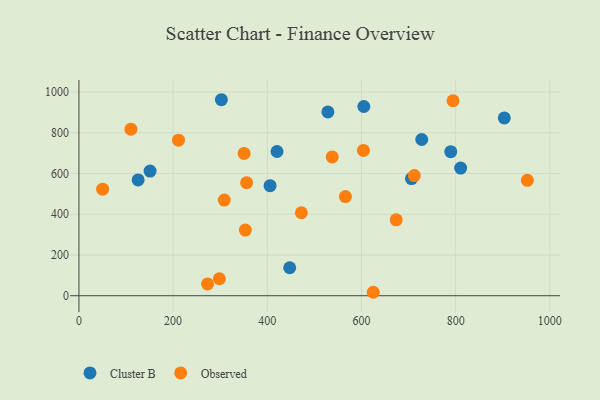
{"axis": {"x": "Speed", "y": "Yield"}, "legend": ["Cluster B", "Observed"], "data": [{"x": "447.6", "y": 137.4, "type": "Cluster B"}, {"x": "810.6", "y": 626.8, "type": "Cluster B"}, {"x": "151.1", "y": 612.1, "type": "Cluster B"}, {"x": "605.0", "y": 929.0, "type": "Cluster B"}, {"x": "789.6", "y": 707.2, "type": "Cluster B"}, {"x": "125.7", "y": 568.3, "type": "Cluster B"}, {"x": "302.5", "y": 962.3, "type": "Cluster B"}, {"x": "405.9", "y": 540.5, "type": "Cluster B"}, {"x": "728.0", "y": 767.0, "type": "Cluster B"}, {"x": "903.3", "y": 872.8, "type": "Cluster B"}, {"x": "528.7", "y": 902.2, "type": "Cluster B"}, {"x": "706.2", "y": 575.0, "type": "Cluster B"}, {"x": "420.6", "y": 708.0, "type": "Cluster B"}, {"x": "353.4", "y": 322.3, "type": "Observed"}, {"x": "565.9", "y": 487.0, "type": "Observed"}, {"x": "952.3", "y": 566.8, "type": "Observed"}, {"x": "350.7", "y": 698.5, "type": "Observed"}, {"x": "298.2", "y": 83.4, "type": "Observed"}, {"x": "308.6", "y": 469.4, "type": "Observed"}, {"x": "211.4", "y": 763.6, "type": "Observed"}, {"x": "50.3", "y": 523.1, "type": "Observed"}, {"x": "625.0", "y": 16.9, "type": "Observed"}, {"x": "356.1", "y": 554.6, "type": "Observed"}, {"x": "273.1", "y": 57.8, "type": "Observed"}, {"x": "537.9", "y": 681.6, "type": "Observed"}, {"x": "110.4", "y": 817.7, "type": "Observed"}, {"x": "472.4", "y": 407.4, "type": "Observed"}, {"x": "673.7", "y": 372.8, "type": "Observed"}, {"x": "712.2", "y": 589.9, "type": "Observed"}, {"x": "604.2", "y": 713.5, "type": "Observed"}, {"x": "794.4", "y": 957.2, "type": "Observed"}]}